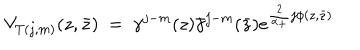
V _ { T ( j , m ) } ( z , \bar { z } ) ~ = ~ \gamma ^ { j - m } ( z ) \bar { \gamma } ^ { j - m } ( \bar { z } ) e ^ { \frac 2 { \alpha _ { + } } j \phi ( z , \bar { z } ) }